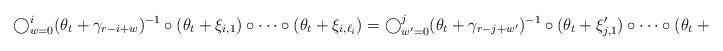
LaTeX: \begin{align*} \bigcirc_{w=0}^i (\theta_t+\gamma_{r-i+w})^{-1} \circ (\theta_t+\xi_{i,1})\circ \cdots \circ (\theta_t+\xi_{i,\ell_i})=\bigcirc_{w'=0}^j(\theta_t+\gamma_{r-j+w'})^{-1} \circ (\theta_t+\xi'_{j,1})\circ \cdots \circ (\theta_t+\xi'_{j,\ell'_j})\enspace,\end{align*}